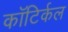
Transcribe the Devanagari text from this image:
कॉटिर्कल